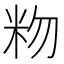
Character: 粅